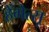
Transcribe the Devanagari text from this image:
हेंगेत्सू